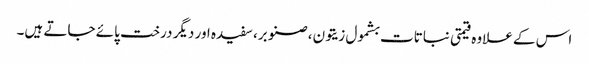
اس کے علاوہ قیمتی نباتات بشمول زیتون، صنوبر، سفیدہ اور دیگر درخت پائے جاتے ہیں۔